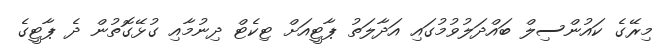
މިރޭގެ ކައުންސިލް ބައްދަލުވުމުގައި އަދާލަތު ޕާޓީއަށް ޓިކެޓް ދިނުމާއި ގުޅޭގޮތުން ދެ ޕާޓީގެ